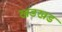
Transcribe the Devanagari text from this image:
खडखड